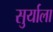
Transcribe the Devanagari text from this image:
सुर्याला